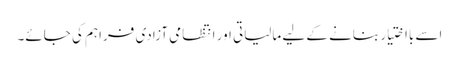
اسے بااختیار بنانے کے لیے مالیاتی اور انتظامی آزادی فراہم کی جائے۔